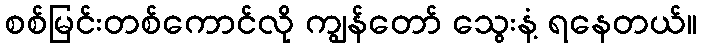
စစ်မြင်းတစ်ကောင်လို ကျွန်တော် သွေးနံ့ ရနေတယ်။